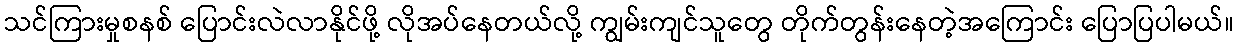
သင်ကြားမှုစနစ် ပြောင်းလဲလာနိုင်ဖို့ လိုအပ်နေတယ်လို့ ကျွမ်းကျင်သူတွေ တိုက်တွန်းနေတဲ့အကြောင်း ပြောပြပါမယ်။